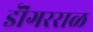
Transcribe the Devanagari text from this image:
डॊंगरराळ